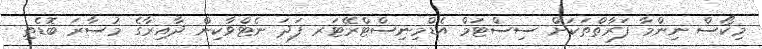
މިކޯސް ނިންމާ ފަރާތްތަކަށް ސިސްޓަމް އެޑްމިނިސްޓްރޭޓަރ ފަދަ ނެޓްވާކިން ދާއިރާގެ މުސާރަ ބޮޑެތި